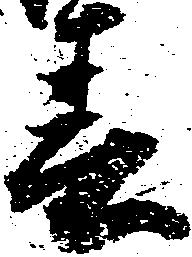
春